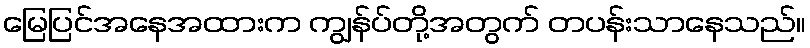
မြေပြင်အနေအထားက ကျွန်ပ်တို့အတွက် တပန်းသာနေသည်။